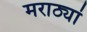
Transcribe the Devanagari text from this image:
मराठ्यां